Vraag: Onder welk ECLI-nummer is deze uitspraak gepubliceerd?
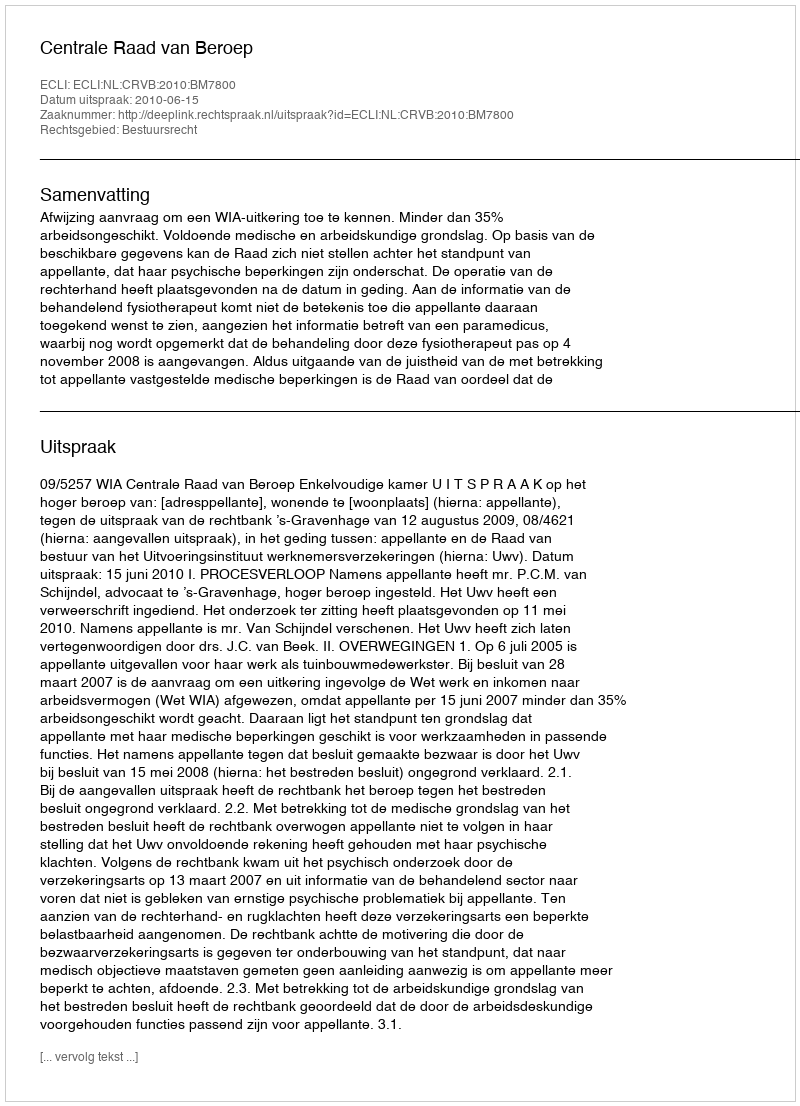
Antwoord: ECLI:NL:CRVB:2010:BM7800